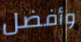
وأفضل